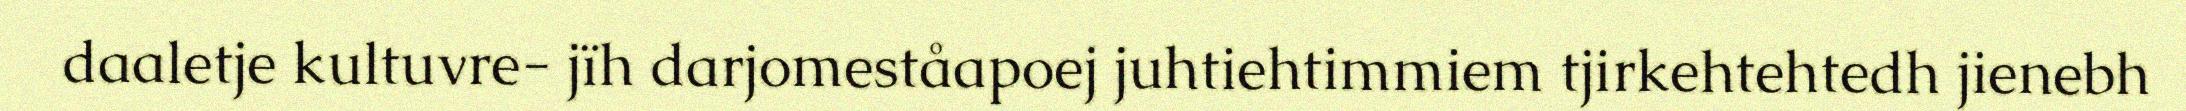
daaletje kultuvre- jïh darjomeståapoej juhtiehtimmiem tjirkehtehtedh jienebh